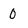
Character: 0